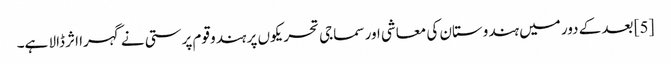
[5] بعد کے دور میں ہندوستان کی معاشی اور سماجی تحریکوں پر ہندو قوم پرستی نے گہرا اثر ڈالا ہے۔